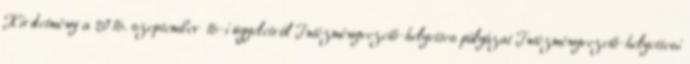
Hirdetmény a 2016. szeptember 16-i ügyeletról Intézményvezető-helyettes pályázat Intézményvezető-helyettesi